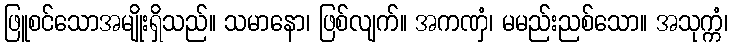
ဖြူစင်သောအမျိုးရှိသည်။ သမာနော၊ ဖြစ်လျက်။ အကဏှံ၊ မမည်းညစ်သော။ အသုက္ကံ၊